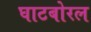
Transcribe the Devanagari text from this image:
घाटबोरल